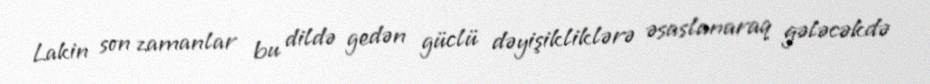
Lakin son zamanlar bu dildə gedən güclü dəyişikliklərə əsaslanaraq gələcəkdə